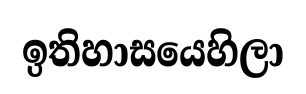
ඉතිහාසයෙහිලා